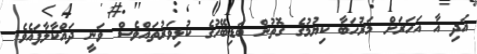
އަދި އާ އަހަރަށް މަރުހަބާ ކިޔުމުގެ ގޮތުން ބަޑިބޭހުގެ ކުޅިވަރުތައްވެސް ވަނީ ދައްކާލާފައެވެ.